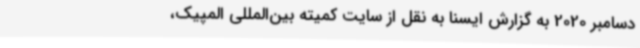
دسامبر 2020 به گزارش ایسنا به نقل از سایت کمیته بین‌المللی المپیک،